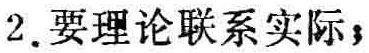
2. 要理论联系实际；